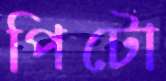
পিটো